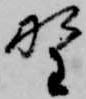
野